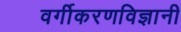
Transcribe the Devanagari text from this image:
वर्गीकरणविज्ञानी